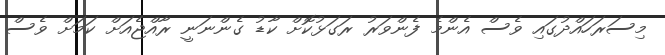
މިސަރަހައްދުގައި ވެސް އެންމެ ފެންވަރު ރަގަޅުކޮށް ކާޑު ގެންނަނީ ރާއްޖެއަށް ކަމަށް ވެސް